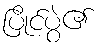
ပြိုင်ပွဲ၏